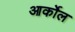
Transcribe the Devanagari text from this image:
आर्कोल